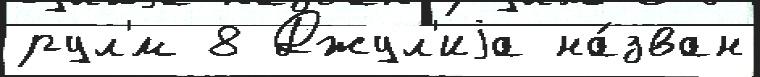
рул'́м 8 Джул'иjа на́зван